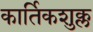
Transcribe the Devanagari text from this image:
कार्तिकशुक्ल